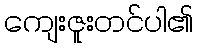
ကျေးဇူးတင်ပါ၏